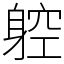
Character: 躻